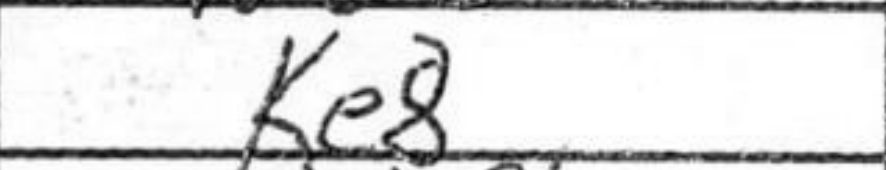
Transcription: Ke8